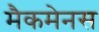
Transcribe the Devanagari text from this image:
मैकमेनस